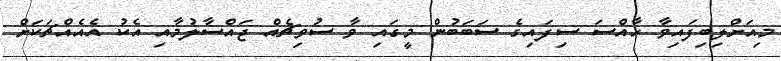
މިއަށްލިބިފައިވާ ޚާއްސަ ސިފައިގެ ސަބަބުން މީގައި ވާ ސުވިޗެއް ޖައްސާލުމާއި އެކު އެއެއްޗަކަށް